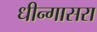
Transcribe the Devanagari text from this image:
धीन्गासरा